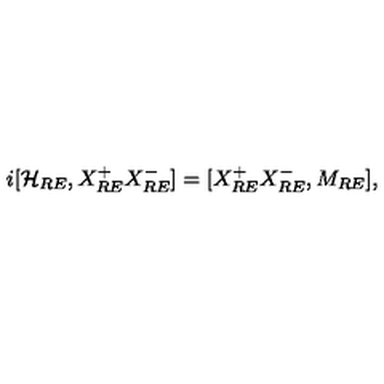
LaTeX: i [ { \cal H } _ { R E } , X _ { R E } ^ { + } X _ { R E } ^ { - } ] = [ X _ { R E } ^ { + } X _ { R E } ^ { - } , M _ { R E } ] ,